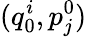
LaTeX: (q_{0}^{i},p_{j}^{0})